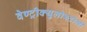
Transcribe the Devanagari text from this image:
वेण्ट्रीक्युलोस्टोमी